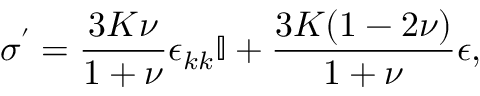
\boldsymbol { \sigma ^ { \prime } } = \frac { 3 K \nu } { 1 + \nu } \epsilon _ { k k } \boldsymbol { \mathbb { I } } + \frac { 3 K ( 1 - 2 \nu ) } { 1 + \nu } \boldsymbol { \epsilon } ,